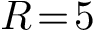
R \! = \! 5